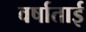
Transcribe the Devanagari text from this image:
वर्षाताई